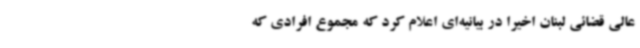
عالی قضائی لبنان اخیراً در بیانیه‌ای اعلام کرد که مجموع افرادی که